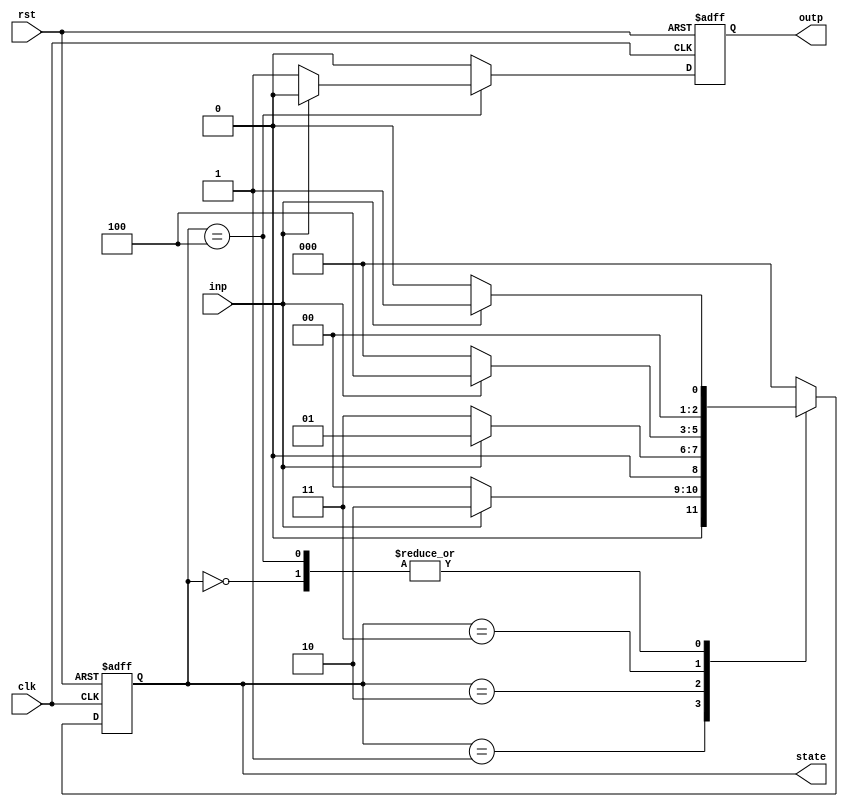
`timescale 1ns / 1ps
//mealy state machine sequence detector for 11010 sequence
module fsm_1(clk,rst,inp,outp,state);
   input clk, rst, inp;  //inputs to seq detector
   output outp;             // outpur
   output [2:0] state;      // States
	
	 reg [2:0] state;
	 reg outp;
	 
	 always @(posedge clk, posedge rst)   // detects 11010 sequence using 5 state fsm machine
		begin
		
		if(rst) begin         // is rst =1
			state<=3'b000;   // Set to initial State A
			outp<=0;
			end
		
		else
		begin
			case(state)
			
			3'b000:      // State A
			begin 
			if(inp)begin
			     state<=3'b001;
			     outp<=0;
			     end
			else begin
			     state<=3'b000;
			     outp<=0;
			     end
			end
			
			3'b001:      // State B
			begin 
			if(inp)begin
			     state<=3'b010;
			     outp<=0;
			     end
			else begin
			     state<=3'b000;
			     outp<=0;
			     end
			end
            
            3'b010:       // State C
			begin 
			if(~inp)begin
			     state<=3'b011;
			     outp<=0;
			     end
			else begin
			     state<=3'b001;
			     outp<=0;
			     end
			end
			
			3'b011:      // State D
			begin 
			if(inp)begin
			     state<=3'b100;
			     outp<=0;
			     end
			else begin
			     state<=3'b000;
			     outp<=0;
			     end
			end
			
			3'b100:      // State E
			begin 
			if(inp)begin
			     state<=3'b001;
			     outp<=0;
			     end
			else begin
			     state<=3'b000;
			     outp<=1;     // outpur is 1 When fsm reaches last state
			     end
			end
			
			default:    // Default state
				begin
				state<=3'b000;
				outp<=0;
				end
			endcase
		end
	end
endmodule